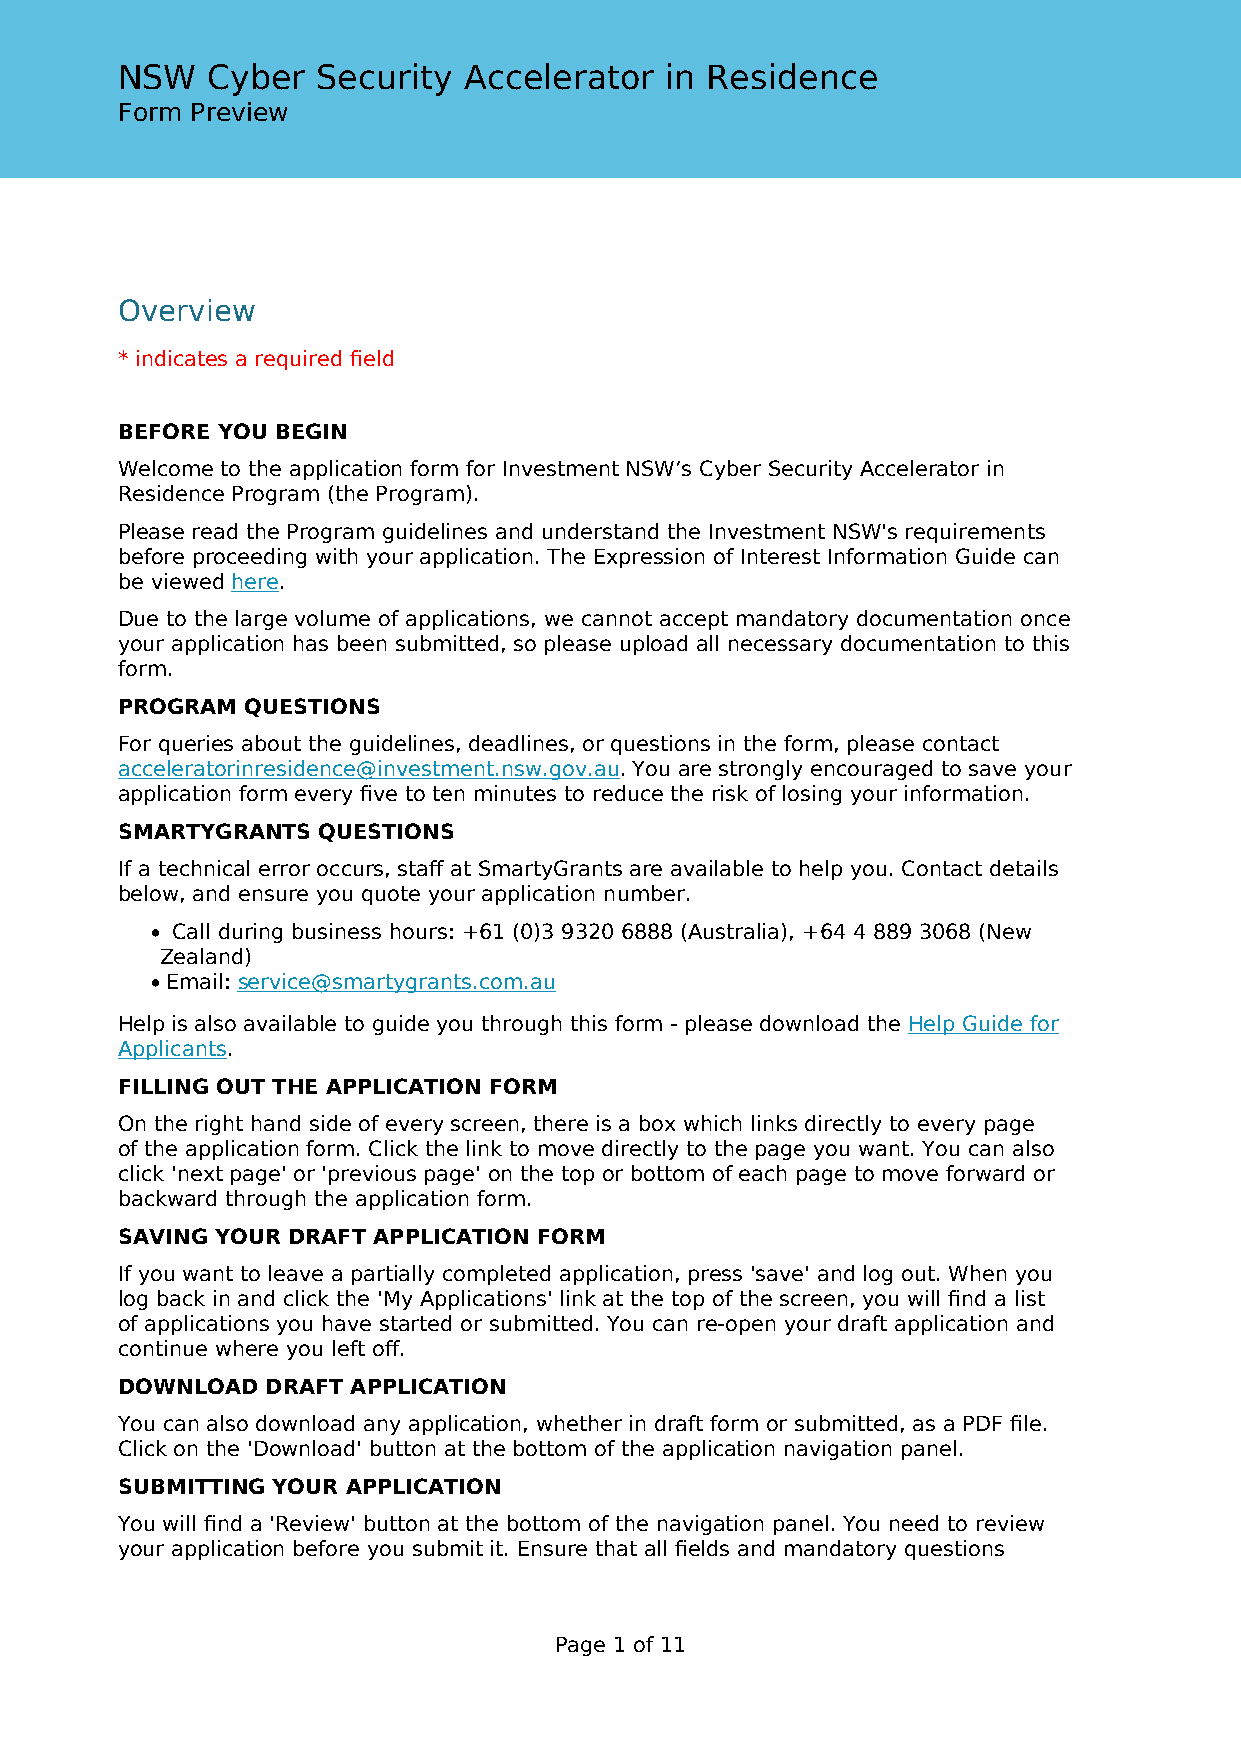
NSW   Cyber  Security  Accelerator  in Residence
 Form Preview
 Overview
 * indicates a required field
 BEFORE YOU BEGIN
 Welcome to the application form for Investment NSW’s Cyber Security Accelerator in
 Residence Program (the Program).
 Please read the Program guidelines and understand the Investment NSW's requirements
 before proceeding with your application. The Expression of Interest Information Guide can
 be viewed here.
 Due to the large volume of applications, we cannot accept mandatory documentation once
 your application has been submitted, so please upload all necessary documentation to this
 form.
 PROGRAM QUESTIONS
 For queries about the guidelines, deadlines, or questions in the form, please contact
 acceleratorinresidence@investment.nsw.gov.au. You are strongly encouraged to save your
 application form every five to ten minutes to reduce the risk of losing your information.
 SMARTYGRANTS QUESTIONS
 If a technical error occurs, staff at SmartyGrants are available to help you. Contact details
 below, and ensure you quote your application number.
 • Call during business hours: +61 (0)3 9320 6888 (Australia), +64 4 889 3068 (New
 Zealand)
 • Email: service@smartygrants.com.au
 Help is also available to guide you through this form - please download the Help Guide for
 Applicants.
 FILLING OUT THE APPLICATION FORM
 On the right hand side of every screen, there is a box which links directly to every page
 of the application form. Click the link to move directly to the page you want. You can also
 click 'next page' or 'previous page' on the top or bottom of each page to move forward or
 backward through the application form.
 SAVING YOUR DRAFT APPLICATION FORM
 If you want to leave a partially completed application, press 'save' and log out. When you
 log back in and click the 'My Applications' link at the top of the screen, you will find a list
 of applications you have started or submitted. You can re-open your draft application and
 continue where you left off.
 DOWNLOAD  DRAFT APPLICATION
 You can also download any application, whether in draft form or submitted, as a PDF file.
 Click on the 'Download' button at the bottom of the application navigation panel.
 SUBMITTING YOUR APPLICATION
 You will find a 'Review' button at the bottom of the navigation panel. You need to review
 your application before you submit it. Ensure that all fields and mandatory questions
 Page 1 of 11